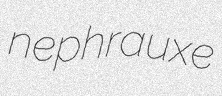
nephrauxe